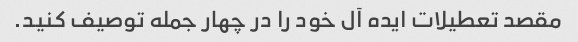
مقصد تعطیلات ایده آل خود را در چهار جمله توصیف کنید.